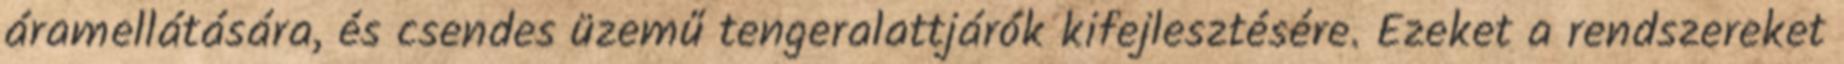
áramellátására, és csendes üzemű tengeralattjárók kifejlesztésére. Ezeket a rendszereket